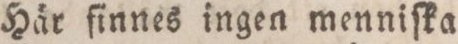
— Här finnes ingen menniſka.